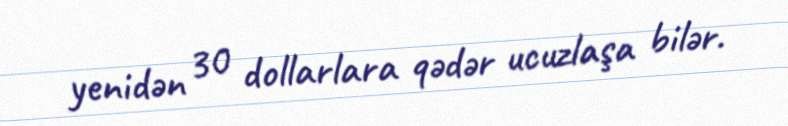
yenidən 30 dollarlara qədər ucuzlaşa bilər.